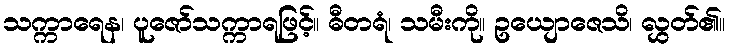
သက္ကာရေန၊ ပူဇော်သက္ကာရဖြင့်။ ဓီတရံ၊ သမီးကို။ ဥယျောဇေသိ၊ လွှတ်၏။